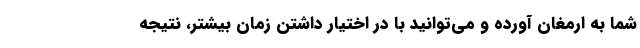
شما به ارمغان آورده و می­‌توانید با در اختیار داشتن زمان بیشتر، نتیجه